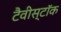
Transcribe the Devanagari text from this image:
टैवीस्टॉक